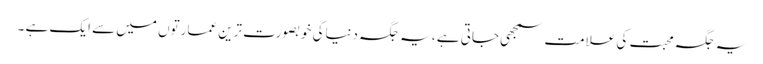
یہ جگہ محبت کی علامت سمجھی جاتی ہے ، یہ جگہ دنیاکی خوبصورت ترین عمارتوں میں سے ایک ہے ۔